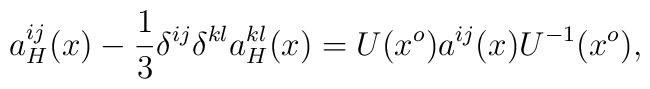
a_H^{ij}(x) - \frac{1}{3}\delta^{ij}\delta^{kl}a_H^{kl}(x)= U(x^o)a^{ij}(x) U^{-1}(x^o),